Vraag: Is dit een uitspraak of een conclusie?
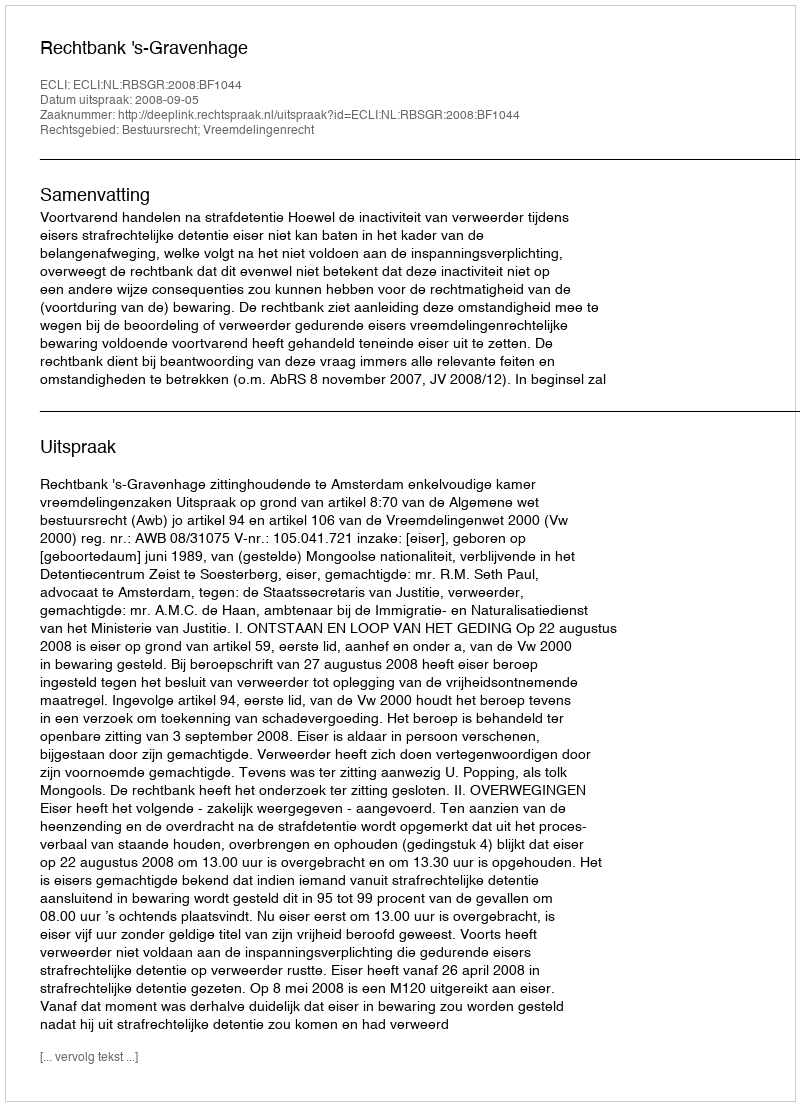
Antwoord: Uitspraak